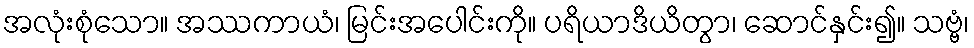
အလုံးစုံသော။ အဿကာယံ၊ မြင်းအပေါင်းကို။ ပရိယာဒိယိတွာ၊ ဆောင်နှင်း၍။ သဗ္ဗံ၊